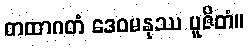
တထာဂတံ ဒေဝမနုဿ ပူဇိတံ။